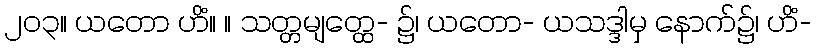
၂၀၃။ ယတော ဟိံ။ ။ သတ္တမျတ္ထေ- ၌၊ ယတော- ယသဒ္ဒါမှ နောက်၌၊ ဟိံ-